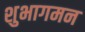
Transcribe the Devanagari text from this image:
शुभागमन